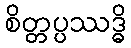
စိတ္တပ္ပဿဒ္ဓိ